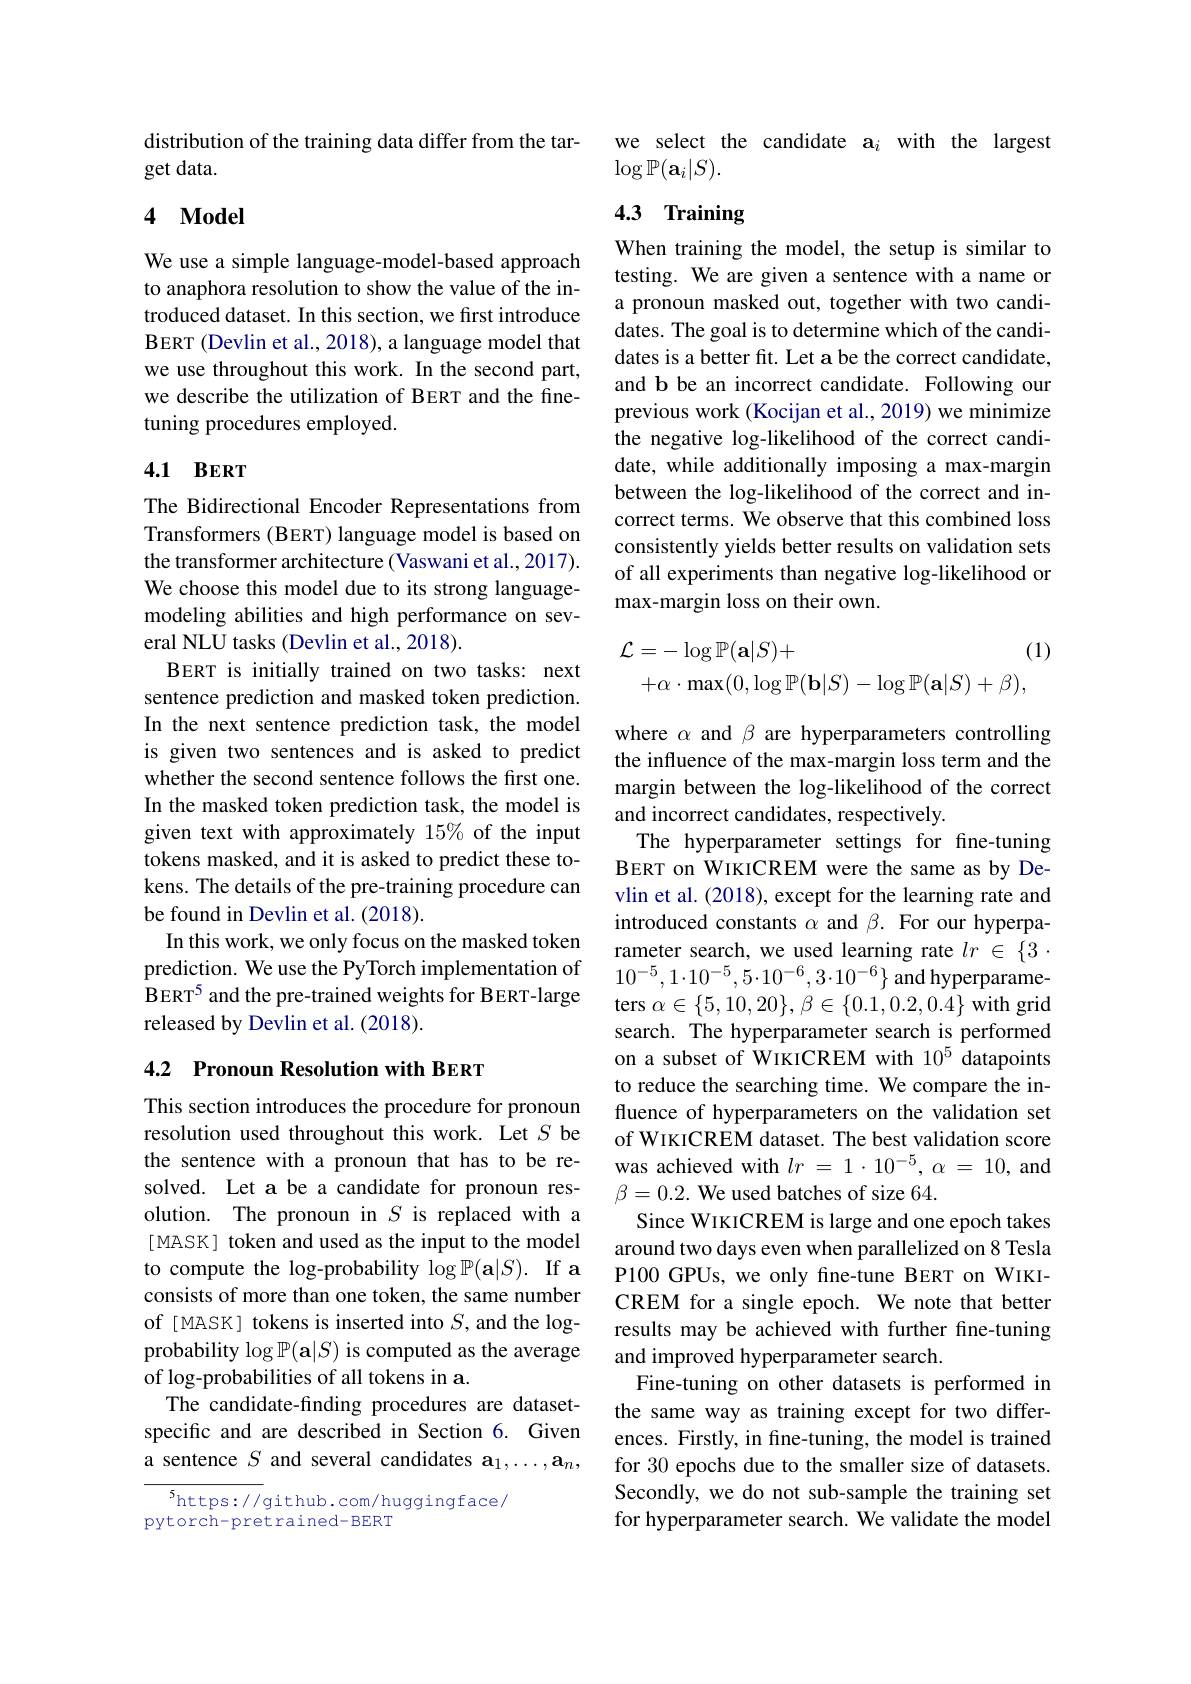
distribution of the training data differ from the tar-
get data.

### 4 $\mathbf{Model}$

We use a simple language-model-based approach to anaphora resolution to show the value of the introduced dataset. In this section, we first introduce BERT (Devlin et al., 2018), a language model that we use throughout this work. In the second part, we describe the utilization of BERT and the finetuning procedures employed.

## 4.1 ВЕRT

The Bidirectional Encoder Representations from Transformers (BERT) language model is based on the transformer architecture (Vaswani et al., 2017). We choose this model due to its strong languagemodeling abilities and high performance on several NLU tasks (Devlin et al., 2018).
BERT is initially trained on two tasks: next sentence prediction and masked token prediction. In the next sentence prediction task, the model is given two sentences and is asked to predict whether the second sentence follows the first one. In the masked token prediction task, the model is given text with approximately 15% of the input tokens masked, and it is asked to predict these tokens. The details of the pre-training procedure can be found in Devlin et al. (2018).
In this work, we only focus on the masked token prediction. We use the PyTorch implementation of BERT$^{5}$ and the pre-trained weights for BERT-large released by Devlin et al. (2018).

## 4.2 Pronoun Resolution with BERT

This section introduces the procedure for pronoun resolution used throughout this work. Let $S$ be the sentence with a pronoun that has to be resolved. Let a be a candidate for pronoun resolution. The pronoun in $S$ is replaced with a [ MASK] token and used as the input to the model to compute the log-probability $\log\mathbb{P}(\mathbf{a}|S).$ If a consists of more than one token, the same number of [MASK] tokens is inserted into $S$, and the logprobability $\log\mathbb{P}(\mathbf{a}|S)$ is computed as the average of log-probabilities of all tokens in a.
The candidate-finding procedures are datasetspecific and are described in Section 6. Given a sentence $S$ and several candidates a$_1,\ldots,\mathbf{a}_n$,

$^{5}$https://github.com/huggingface/
pytorch-pretrained-BERT

we select the candidate a$_i$ with the largest
$\log\mathbb{P}(\mathbf{a}_i|S).$

# 4.3 Training

When training the model, the setup is similar to testing. We are given a sentence with a name or a pronoun masked out, together with two candidates. The goal is to determine which of the candidates is a better fit. Let a be the correct candidate, and b be an incorrect candidate. Following our previous work (Kocijan et al., 2019) we minimize the negative log-likelihood of the correct candidate, while additionally imposing a max-margin between the log-likelihood of the correct and incorrect terms. We observe that this combined loss consistently yields better results on validation sets of all experiments than negative log-likelihood or max-margin loss on their own.
$$\mathcal{L}=-\log\mathbb{P}(\mathbf{a}|S)+(1\\+\alpha\cdot\max(0,\log\mathbb{P}(\mathbf{b}|S)-\log\mathbb{P}(\mathbf{a}|S)+\beta),$$
where $\alpha$ and $\beta$ are hyperparameters controlling the influence of the max-margin loss term and the margin between the log-likelihood of the correct and incorrect candidates, respectively.
The hyperparameter settings for fine-tuning BERT on WIKICREM were the same as by Devlin et al. (2018), except for the learning rate and introduced constants $\alpha$ and $\beta.$ For our hyperparameter search, we used learning rate $lr\in \{ 3$ . $10^{-5},1\cdot10^{-5},5\cdot10^{-6},3\cdot10^{-6}\}$ and hyperparameters $\alpha\in\{5,10,20\},\beta\in\{0.1,0.2,0.4\}$ with grid search. The hyperparameter search is performed on a subset of WikICREM with 10$^{5}$ datapoints to reduce the searching time. We compare the influence of hyperparameters on the validation set of WIKICREM dataset. The best validation score was achieved with $lr=1\cdot10^{-5},\alpha=10$, and $\beta=0.2.$ We used batches of size 64.
Since WIKICREM is large and one epoch takes around two days even when parallelized on 8 Tesla P100 GPUs, we only fine-tune BERT on WIKICREM for a single epoch. We note that better results may be achieved with further fine-tuning and improved hyperparameter search.
Fine-tuning on other datasets is performed in the same way as training except for two differences. Firstly, in fine-tuning, the model is trained for 30 epochs due to the smaller size of datasets. Secondly, we do not sub-sample the training set for hyperparameter search. We validate the model